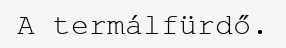
A termálfürdő.